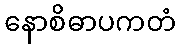
နောစိဓာပကတံ